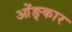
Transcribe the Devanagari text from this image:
ओंङ्कार